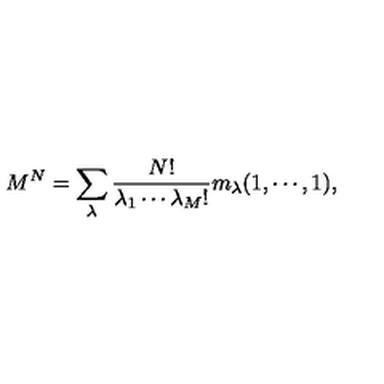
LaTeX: M ^ { N } = \sum _ { \lambda } { \frac { N ! } { \lambda _ { 1 } \cdots \lambda _ { M } ! } } m _ { \lambda } ( 1 , \cdots , 1 ) ,